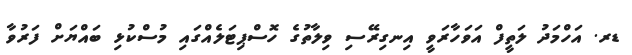
ޑރ. އަހްމަދު ލަތީފް އަވަހާރަވީ އިނގިރޭސި ވިލާތުގެ ހޮސްޕިޓަލެއްގައި މުސްކުޅި ބައްޔަށް ފަރުވާ